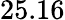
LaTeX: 25.16